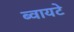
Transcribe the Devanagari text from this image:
ब्वायटे